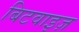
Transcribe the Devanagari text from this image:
बिटवाइज़